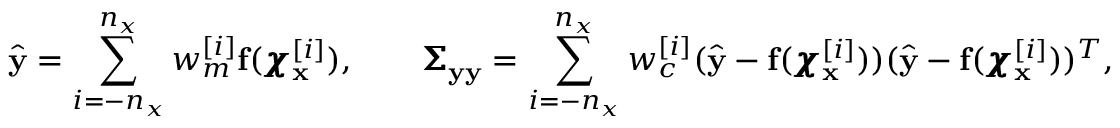
\hat { \mathbf { y } } = \sum _ { i = - n _ { x } } ^ { n _ { x } } w _ { m } ^ { [ i ] } \mathbf { f } ( \pmb { \chi } _ { \mathbf { x } } ^ { [ i ] } ) , \quad \quad \pmb { \Sigma } _ { \mathbf { y } \mathbf { y } } = \sum _ { i = - n _ { x } } ^ { n _ { x } } w _ { c } ^ { [ i ] } ( \hat { \mathbf { y } } - \mathbf { f } ( \pmb { \chi } _ { \mathbf { x } } ^ { [ i ] } ) ) ( \hat { \mathbf { y } } - \mathbf { f } ( \pmb { \chi } _ { \mathbf { x } } ^ { [ i ] } ) ) ^ { T } ,